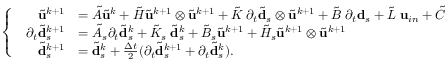
\left\{ \begin{array} { l l } { \begin{array} { r l } { \tilde { \mathbf { u } } ^ { k + 1 } } & { = \tilde { A } \tilde { \mathbf { u } } ^ { k } + \tilde { H } \tilde { \mathbf { u } } ^ { k + 1 } \otimes \tilde { \mathbf { u } } ^ { k + 1 } + \tilde { K } \; \partial _ { t } \tilde { \mathbf { d } } _ { s } \otimes \tilde { \mathbf { u } } ^ { k + 1 } + \tilde { B } \; \partial _ { t } \mathbf { d } _ { s } + \tilde { L } \; \mathbf { u } _ { i n } + \tilde { C } } \\ { \partial _ { t } \tilde { \mathbf { d } } _ { s } ^ { k + 1 } } & { = \tilde { A } _ { s } \partial _ { t } \tilde { \mathbf { d } } _ { s } ^ { k } + \tilde { K } _ { s } \; \tilde { \mathbf { d } } _ { s } ^ { k } + \tilde { B } _ { s } \tilde { \mathbf { u } } ^ { k + 1 } + \tilde { H } _ { s } \tilde { \mathbf { u } } ^ { k + 1 } \otimes \tilde { \mathbf { u } } ^ { k + 1 } } \\ { \tilde { \mathbf { d } } _ { s } ^ { k + 1 } } & { = \tilde { \mathbf { d } } _ { s } ^ { k } + \frac { \Delta t } { 2 } ( \partial _ { t } \tilde { \mathbf { d } } _ { s } ^ { k + 1 } + \partial _ { t } \tilde { \mathbf { d } } _ { s } ^ { k } ) . } \end{array} } \end{array} \right.